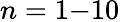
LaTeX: n=1{-}10